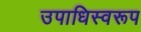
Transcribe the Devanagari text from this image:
उपाधिस्वरूप